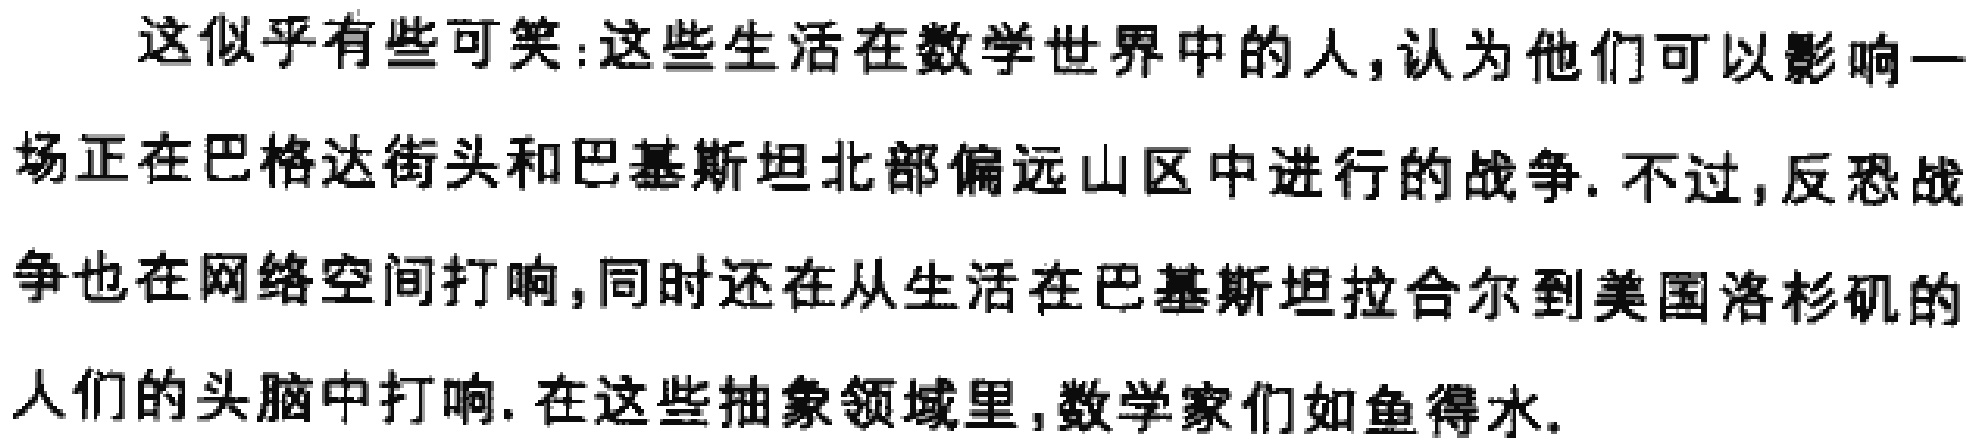
这似乎有些可笑:这些生活在数学世界中的人,认为他们可以影响一场正在巴格达街头和巴基斯坦北部偏远山区中进行的战争. 不过,反恐战争也在网络空间打响,同时还在从生活在巴基斯坦拉合尔到美国洛杉矶的人们的头脑中打响. 在这些抽象领域里,数学家们如鱼得水.